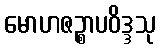
မောဟဇဉ္စာပဝိဒ္ဒသု